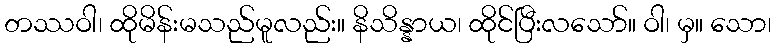
တဿဝါ၊ ထိုမိန်းမသည်မူလည်း။ နိသိန္နာယ၊ ထိုင်ပြီးလသော်။ ဝါ၊ မှ။ သော၊